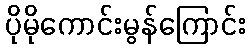
ပိုမိုကောင်းမွန်ကြောင်း